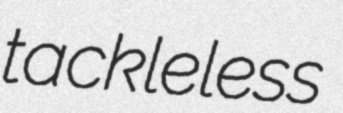
tackleless